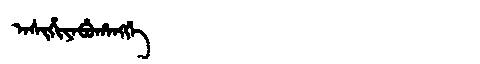
Manchu: ᠠᠰᡳᡥᡳᠶᠠᠪᡠᡥᠠᠩᡤᡝ
Romanization: ASIHIYABUHANGGE